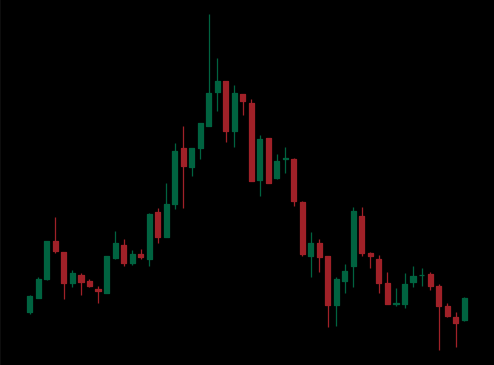
Pattern: head_shoulders